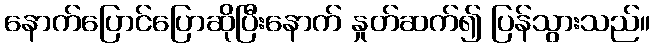
နောက်ပြောင်ပြောဆိုပြီးနောက် နှုတ်ဆက်၍ ပြန်သွားသည်။